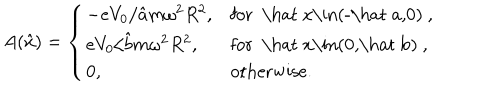
A ( \hat { x } ) = \left\{ \begin{array} { l l } { { - { e V _ { 0 } / \hat { a } m \omega ^ { 2 } R ^ { 2 } } , } } & { { \mathrm { f o r ~ \hat { ~ } x \in ( - \hat { ~ } a , 0 ) ~ } , } } \\ { { { e V _ { 0 } / \hat { b } m \omega ^ { 2 } R ^ { 2 } } , } } & { { \mathrm { f o r ~ \hat { ~ } x \in ( 0 , \hat { ~ } b ) ~ } , } } \\ { { 0 , } } & { { \mathrm { o t h e r w i s e } . } } \\ \end{array} \right.